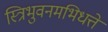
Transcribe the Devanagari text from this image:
स्त्रिभुवनमभिधत्ते